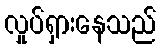
လှုပ်ရှားနေသည်